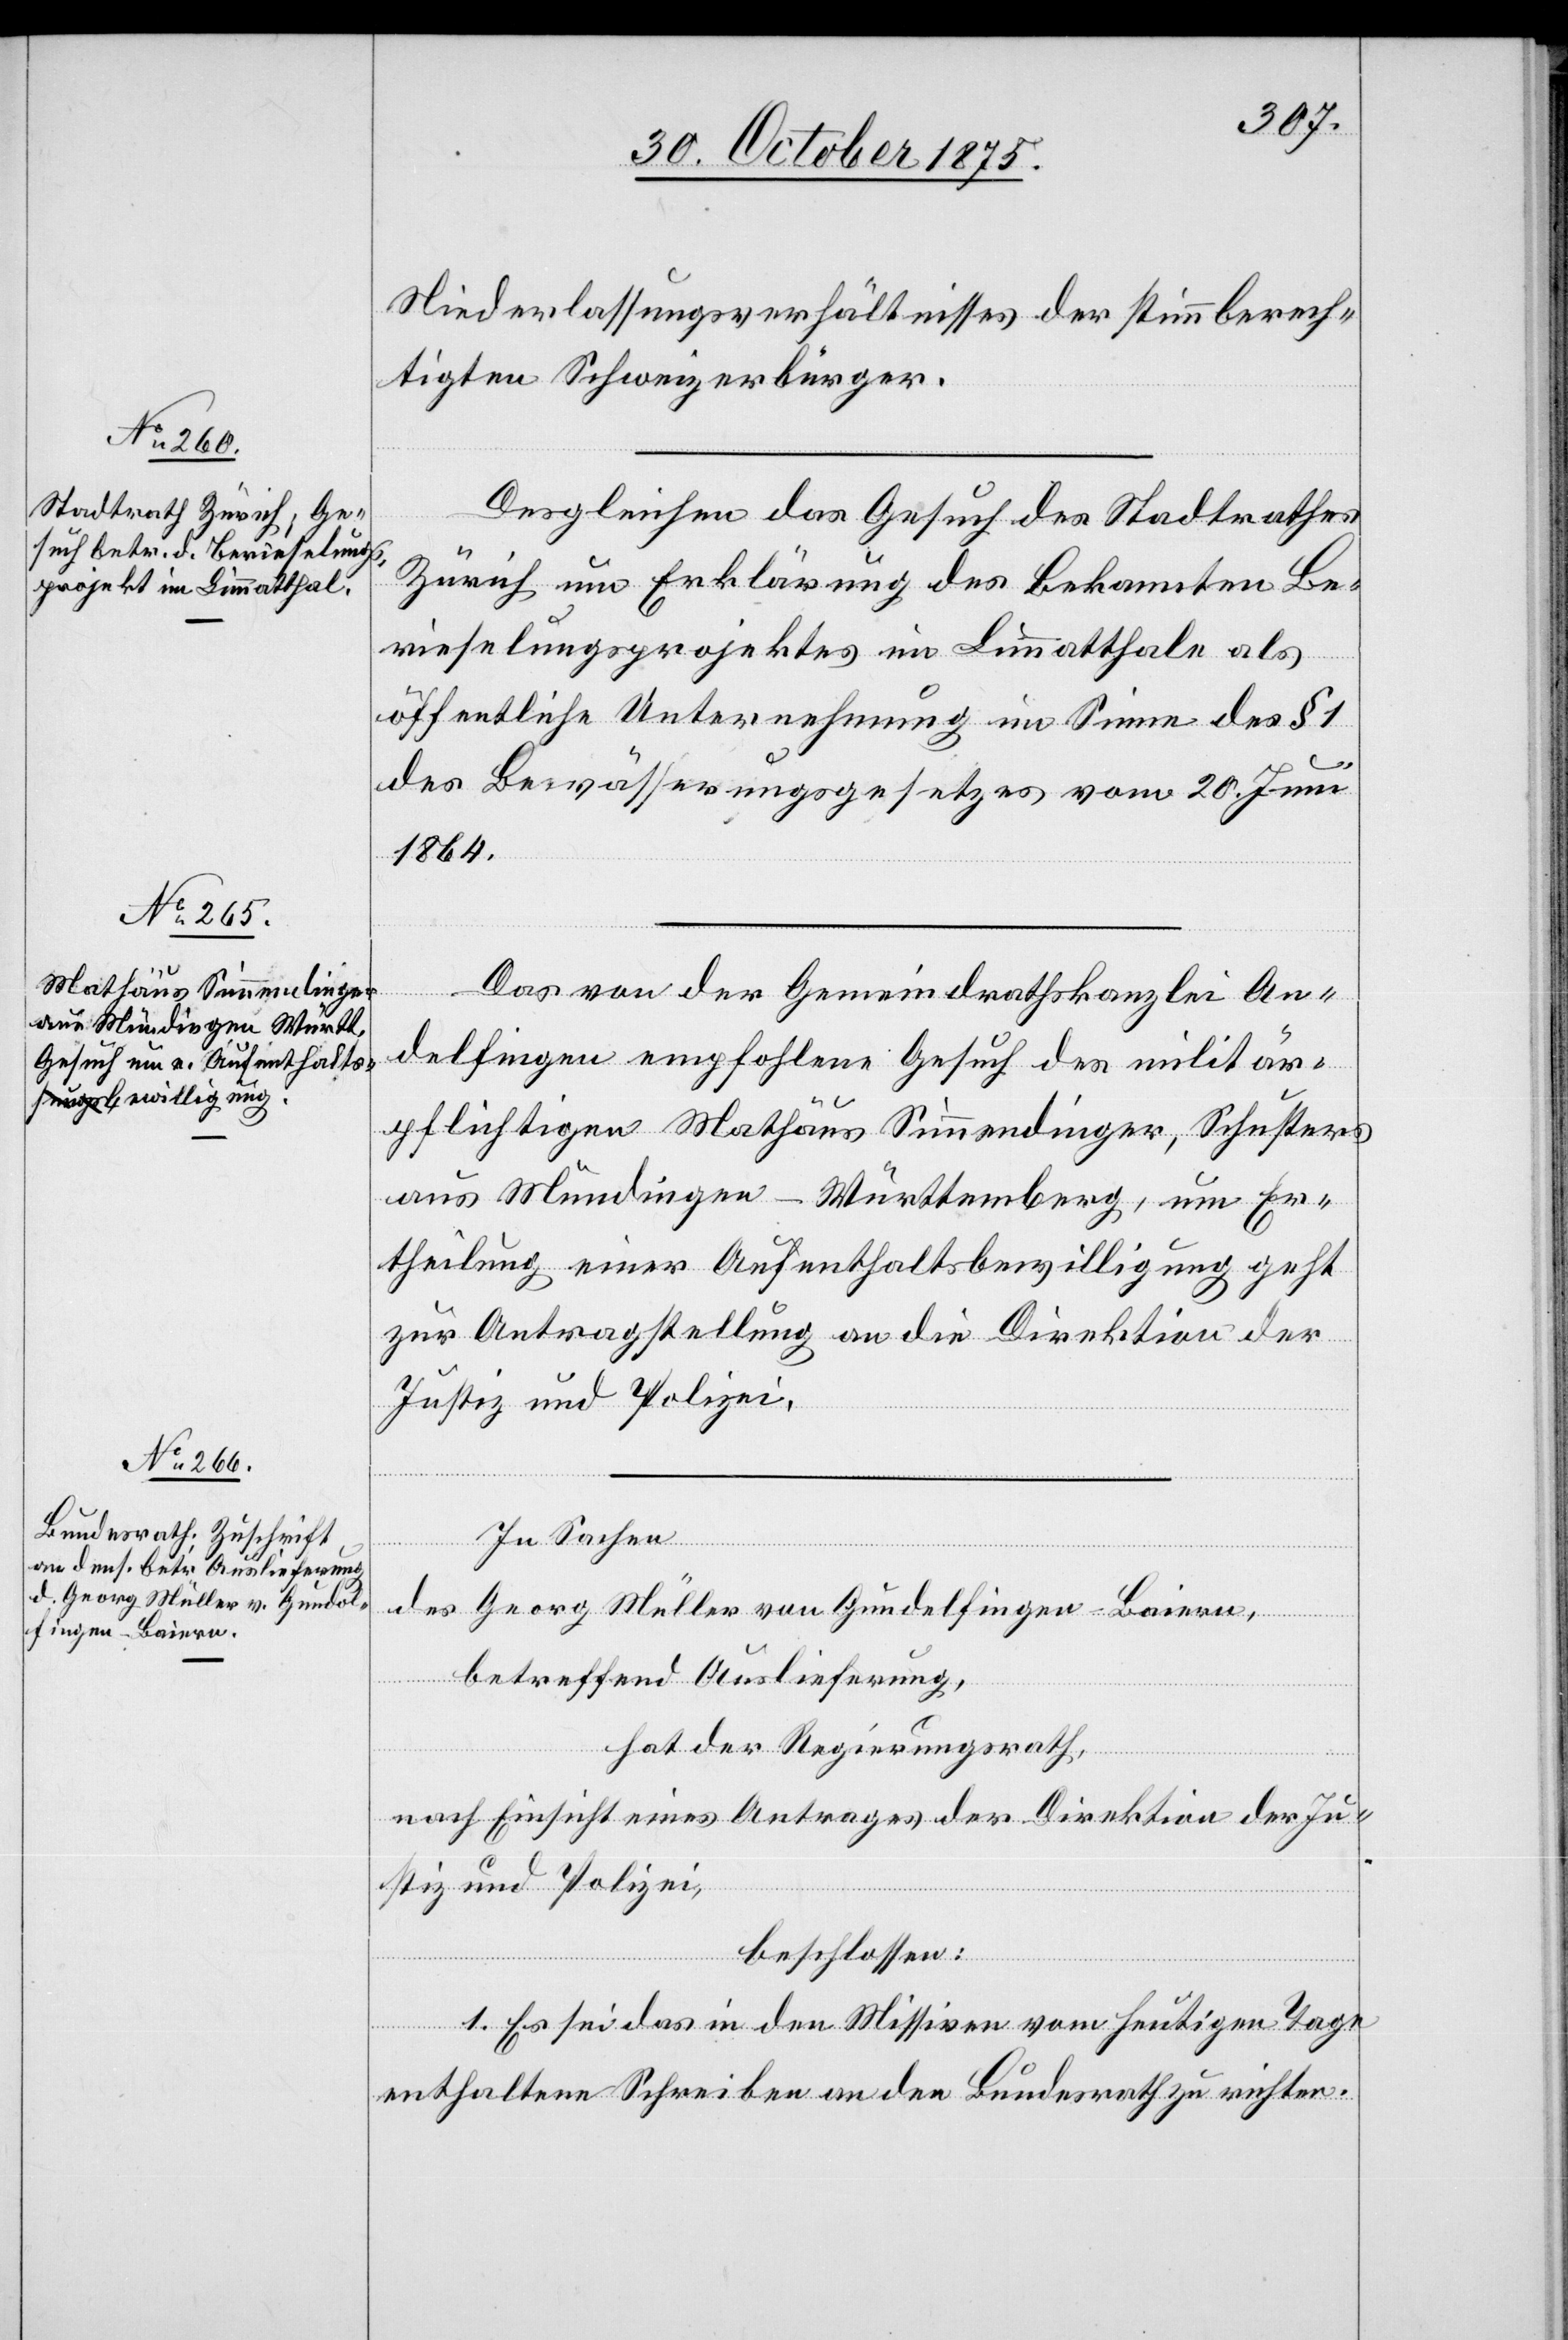
30. October 1875.]
Niederlassungsverhältnisses der stimmberech¬
tigten Schweizerbürger.
Desgleichen das Gesuch des Stadtrathes
Zürich um Erklärung des bekannten Be¬
rieselungsprojektes im Limmatthale als
öffentliche Unternehmung im Sinne des § 1
des Bewässerungsgesetzes vom 20. Juni
1864.
Das von der Gemeindrathskanzlei An¬
delfingen empfohlene Gesuch des militär¬
pflichtigen Mathäus Simmendinger, Schusters
aus Mündingen - Württemberg, um Er¬
theilung einer Aufenthaltsbewilligung geht
zur Antragstellung an die Direktion der
Justiz und Polizei.
In Sachen
des Georg Müller von Gundelfingen - Baiern,
betreffend Auslieferung,
hat der Regierungsrath,
nach Einsicht eines Antrages der Direktion der Ju¬
stiz und Polizei,
beschlossen:
1. Es sei das in den Missiven vom heutigen Tage
enthaltene Schreiben an den Bundesrath zu richten.